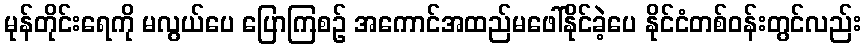
မုန်တိုင်းရေကို မလွယ်ပေ ပြောကြစဉ် အကောင်အထည်မဖေါ်နိုင်ခဲ့ပေ နိုင်ငံတစ်ဝန်းတွင်လည်း